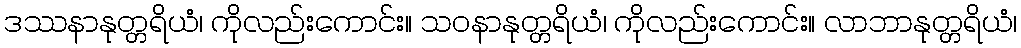
ဒဿနာနုတ္တရိယံ၊ ကိုလည်းကောင်း။ သဝနာနုတ္တရိယံ၊ ကိုလည်းကောင်း။ လာဘာနုတ္တရိယံ၊